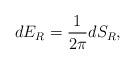
LaTeX: \begin{align*}dE_R={1\over{2\pi}}dS_R,\end{align*}